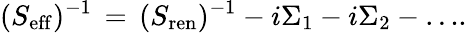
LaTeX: (S_{\mathrm{eff}})^{-1}\, =\, (S_{\mathrm{ren}})^{-1}-i\Sigma_{1}-i\Sigma_{2}-\dots\! .